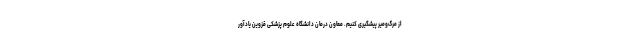
از مرگ‌ومیر پیشگیری کنیم. معاون درمان دانشگاه علوم پزشکی قزوین یادآور